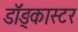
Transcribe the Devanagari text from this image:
डॉङ्कास्टर